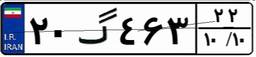
۰۳گ۱۹۶۲۵